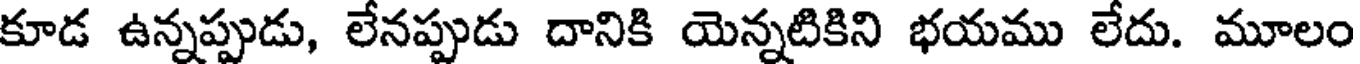
కూడ ఉన్నప్పుడు, లేనప్పుడు దానికి యెన్నటికిని భయము లేదు. మూలం